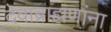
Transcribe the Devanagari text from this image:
देवाब्राह्मणांना